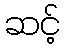
ဆင့်